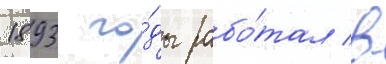
1893 го́ды рабо́тал в